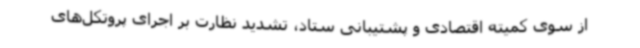
از سوی کمیته اقتصادی و پشتیبانی ستاد، تشدید نظارت بر اجرای پروتکل‌های